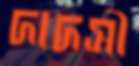
দাদসী